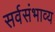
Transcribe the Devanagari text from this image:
सर्वसंभाव्य